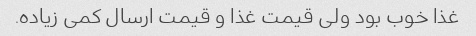
غذا خوب بود ولی قیمت غذا و قیمت ارسال کمی زیاده.